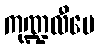
ကုဏ္ဍလီပေ